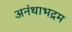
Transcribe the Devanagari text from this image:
अनंथाभद्रम